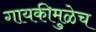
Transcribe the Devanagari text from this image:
गायकीमुळेच